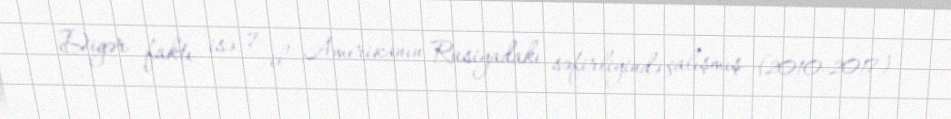
Digər faktı isə 7 il Amerikanın Rusiyadakı səfirliyində çalışmış (2010-2017)